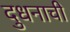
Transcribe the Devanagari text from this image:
दुधनाची